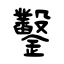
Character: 鑿